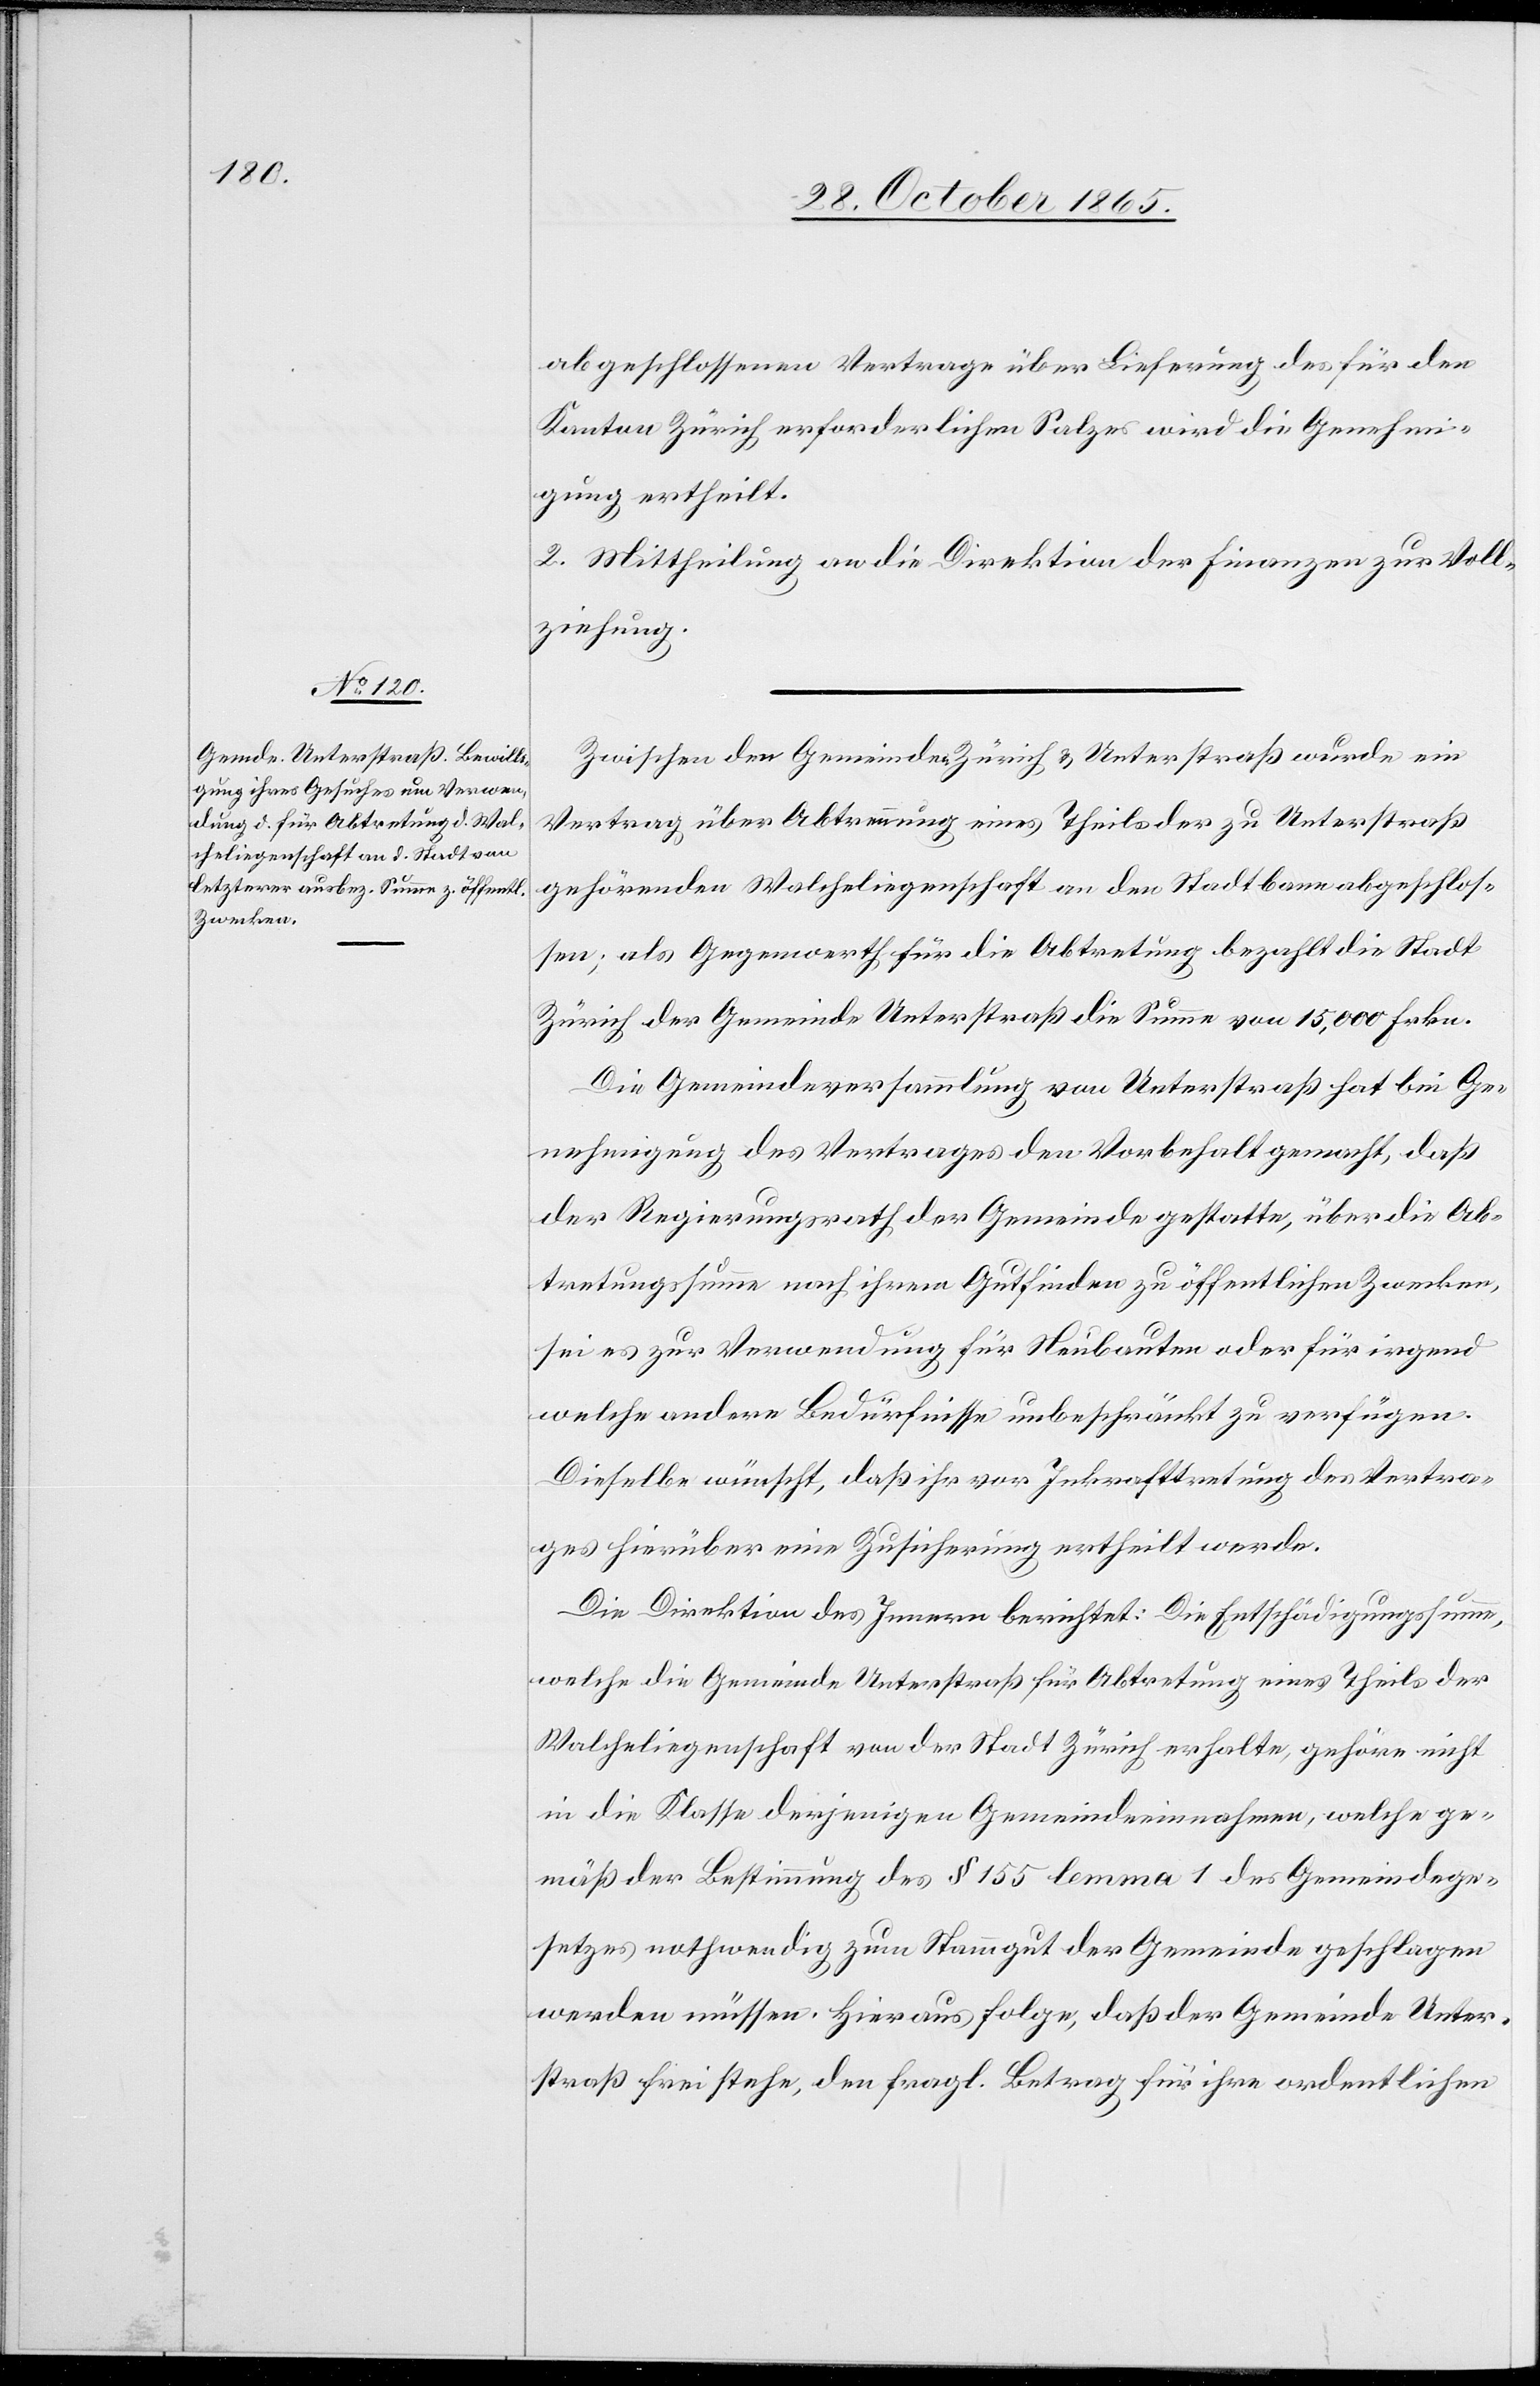
abgeschlossenen Vertrage über Lieferung des für den
Kanton Zürich erforderlichen Salzes wird die Genehmi¬
gung ertheilt.
2. Mittheilung an die Direktion der Finanzen zur Voll¬
ziehung.
Zwischen den Gemeinden Zürich & Unterstraß wurde ein
Vertrag über Abtrennung [sic!] eines Theils der zu Unterstraß
gehörenden Walcheliegenschaft an den Stadtbann abgeschlos¬
sen; als Gegenwerth für die Abtretung bezahlt die Stadt
Zürich der Gemeinde Unterstraß die Summe von 15,000 Frkn.
Die Gemeindeversammlung von Unterstraß hat bei Ge¬
nehmigung des Vertrages den Vorbehalt gemacht, daß
der Regierungsrath der Gemeinde gestatte, über die Ab¬
tretungssumme nach ihrem Gutfinden zu öffentlichen Zwecken,
sei es zur Verwendung für Neubauten oder für irgend
welche andere Bedürfnisse unbeschränkt zu verfügen.
Dieselbe wünscht, daß ihr vor Inkrafttretung des Vertra¬
ges hierüber eine Zusicherung ertheilt werde.
Die Direktion des Innern berichtet: Die Entschädigungssumme,
welche die Gemeinde Unterstraß für Abtretung eines Theils der
Walcheliegenschaft von der Stadt Zürich erhalte, gehöre nicht
in die Klasse derjenigen Gemeindeeinnahmen, welche ge¬
mäß der Bestimmung des § 155 lemma 1 des Gemeindege¬
setzes nothwendig zum Stammgut der Gemeinde geschlagen
werden müssen. Hieraus folge, daß der Gemeinde Unter¬
straß frei stehe, den fragl. Betrag für ihre ordentlichen